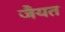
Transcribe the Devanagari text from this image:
जैयत